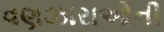
વણઝારાઓની